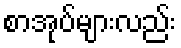
စာအုပ်များလည်း